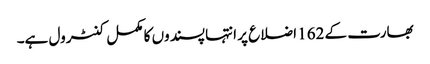
بھارت کے 162 اضلاع پر انتہا پسندوں کا مکمل کنٹرول ہے۔